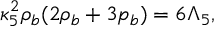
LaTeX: \kappa _ { 5 } ^ { 2 } \rho _ { b } ( 2 \rho _ { b } + 3 p _ { b } ) = 6 \Lambda _ { 5 } ,